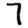
Digit: 7